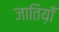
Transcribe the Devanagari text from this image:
जातिय़ाँ